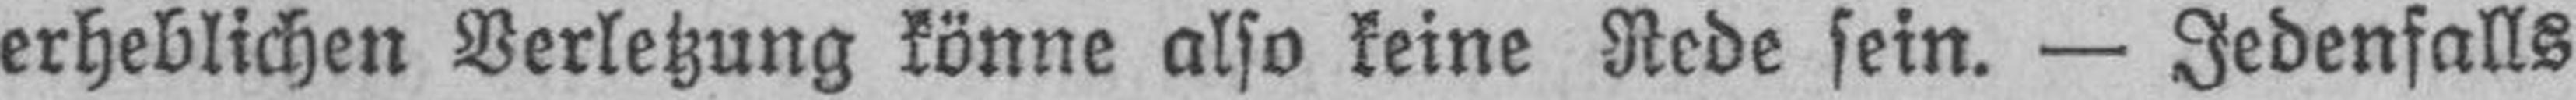
erheblichen Verletzung könne also keine Rede sein. — Jedenfalls